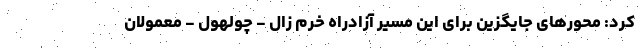
کرد: محورهای جایگزین برای این مسیر آزادراه خرم زال - چولهول - معمولان